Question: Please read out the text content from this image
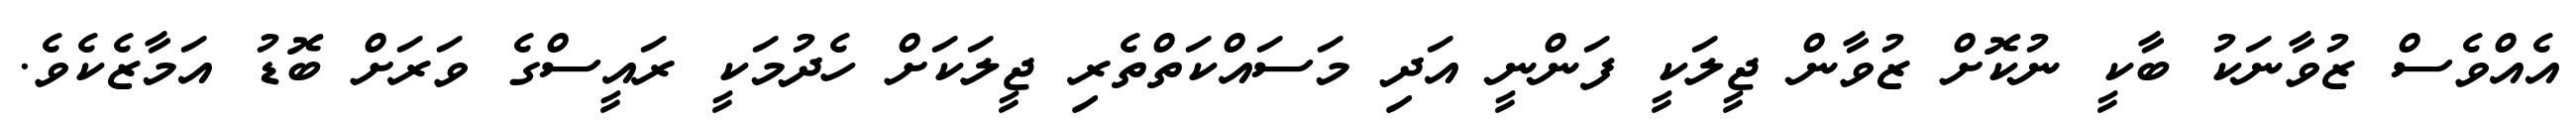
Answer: އެއްވެސް ޒުވާނަކު ބާކީ ނުކޮށް ޒުވާން ޖީލަކީ ފަންނީ އަދި މަސައްކަތްތެރި ޖީލަކަށް ހެދުމަކީ ރައީސްގެ ވަރަށް ބޮޑު އަމާޒެކެވެ.